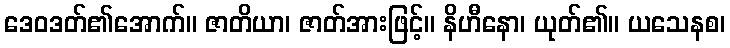
ဒေဝဒတ်၏အောက်။ ဇာတိယာ၊ ဇာတ်အားဖြင့်။ နိဟီနော၊ ယုတ်၏။ ယသေနစ၊